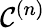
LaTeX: {\mathcal{C}}^{(n)}